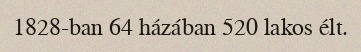
1828-ban 64 házában 520 lakos élt.